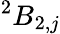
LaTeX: ^{2}B_{2,j}